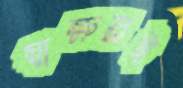
স্বাক্ষরই